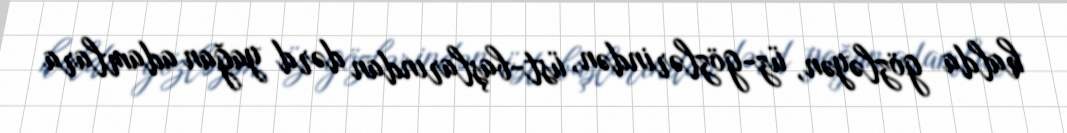
halda gözləyən, üz-gözlərindən, üst-başlarından dərd yağan adamlara